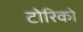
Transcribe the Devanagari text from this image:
टोरिको